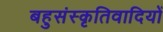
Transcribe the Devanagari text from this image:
बहुसंस्कृतिवादियों